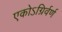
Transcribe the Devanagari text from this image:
एकोऽग्रिर्वर्ण